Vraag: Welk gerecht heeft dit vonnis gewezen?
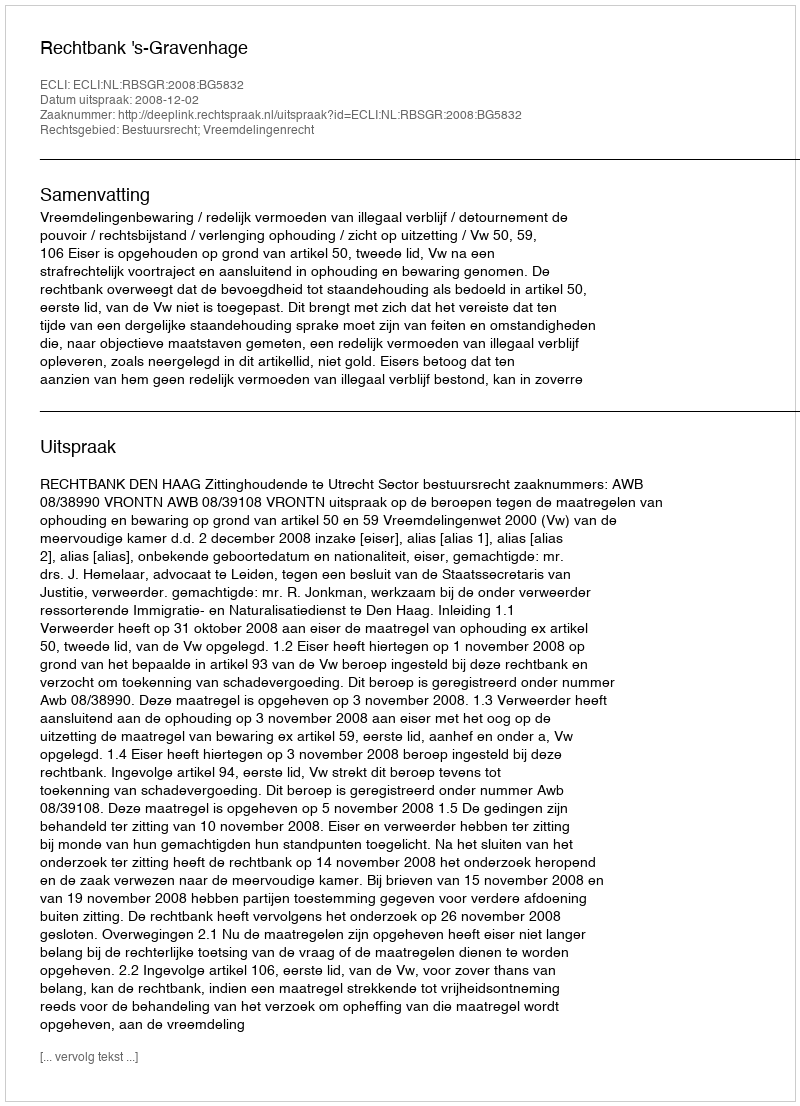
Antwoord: Rechtbank 's-Gravenhage